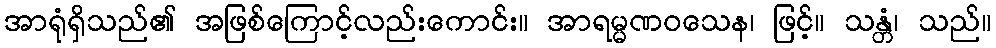
အာရုံရှိသည်၏ အဖြစ်ကြောင့်လည်းကောင်း။ အာရမ္မဏဝသေန၊ ဖြင့်။ သန္တံ၊ သည်။